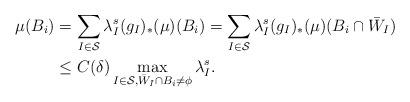
LaTeX: \begin{align*}\begin{aligned} \mu(B_i)& = \sum_{I\in\mathcal S} \lambda_I^s (g_I)_*(\mu)(B_i) = \sum_{I\in\mathcal S} \lambda_I^s (g_I)_*(\mu)(B_i\cap \bar W_I) \\ & \le C(\delta)\max_{I\in\mathcal S, \bar W_I\cap B_i\neq \phi} \lambda_I^s. \end{aligned}\end{align*}